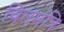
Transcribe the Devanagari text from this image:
वितमंत्रि